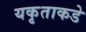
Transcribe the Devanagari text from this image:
यकृताकडे